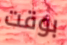
بوقت